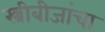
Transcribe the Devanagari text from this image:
स्त्रीबीजांचा